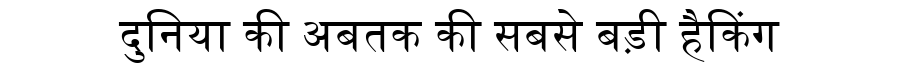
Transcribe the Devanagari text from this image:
दुनिया की अबतक की सबसे बड़ी हैकिंग